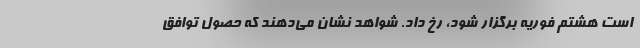
است هشتم فوریه برگزار شود، رخ داد. شواهد نشان می‌دهند که حصول توافق